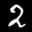
Label: 2